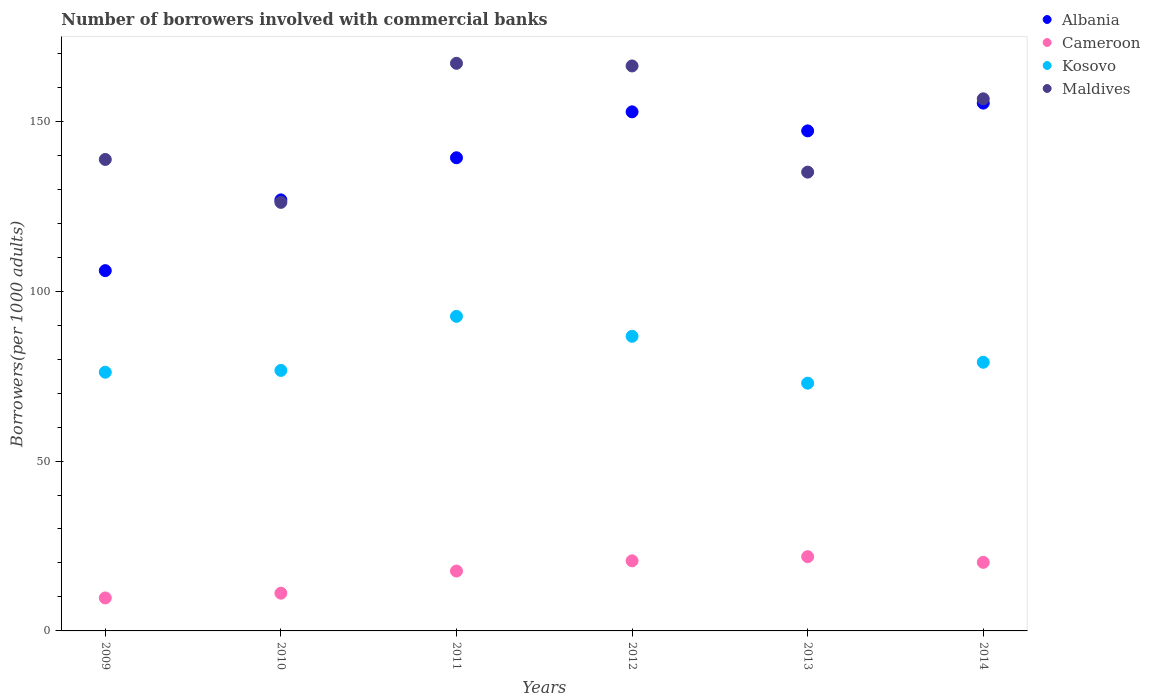
| Years | Albania | Cameroon | Kosovo | Maldives |
 | --- | --- | --- | --- | --- |
 | 2009 | 106 | 9.71 | 76.1 | 139 |
 | 2010 | 127 | 11.1 | 76.7 | 126 |
 | 2011 | 139 | 17.6 | 92.6 | 167 |
 | 2012 | 153 | 20.6 | 86.7 | 166 |
 | 2013 | 147 | 21.9 | 72.9 | 135 |
 | 2014 | 155 | 20.2 | 79.1 | 157 |